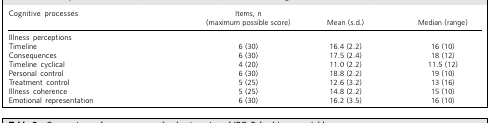
| Cognitive processes | Items, n(maximum possible score) | Mean (s.d.) | Median (range) |
 | --- | --- | --- | --- |
 | Illness perceptions |  |  |  |
 | Timeline | 6 (30) | 16.4 (2.2) | 16 (10) |
 | Consequences | 6 (30) | 17.5 (2.4) | 18 (12) |
 | Timeline cyclical | 4 (20) | 11.0 (2.2) | 11.5 (12) |
 | Personal control | 6 (30) | 18.8 (2.2) | 19 (10) |
 | Treatment control | 5 (25) | 12.6 (3.2) | 13 (16) |
 | Illness coherence | 5 (25) | 14.8 (2.2) | 15 (10) |
 | Emotional representation | 6 (30) | 16.2 (3.5) | 16 (10) |